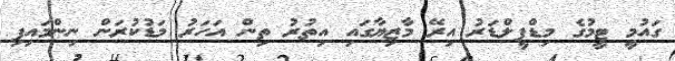
ގައުމީ ޓީމުގެ މިޑްފީލްޑަރު އިރޭ މާޒިޔާގައި އިތުރު ތިން އަހަރު މަޑުކުރަން ނިންމައިފި